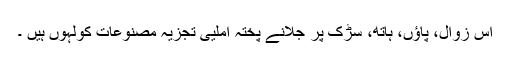
اس زوال، پاؤں، ہاتھ، سڑک پر جلانے پختہ املیی تجزیہ مصنوعات کولہوں ہیں ۔